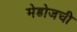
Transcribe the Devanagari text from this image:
मेडोजची